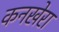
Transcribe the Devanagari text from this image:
कनखेरा